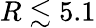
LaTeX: R\lesssim 5.1